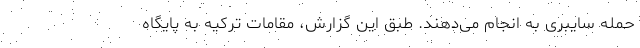
حمله سایبری به انجام می‌دهند. طبق این گزارش، مقامات ترکیه به پایگاه